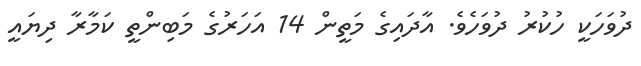
ދުވަހަކީ ހުކުރު ދުވަހެވެ. އާދައިގެ މަތީން 14 އަހަރުގެ މަބިންތީ ކަމާރާ ދިޔައީ